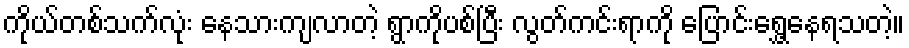
ကိုယ်တစ်သက်လုံး နေသားကျလာတဲ့ ရွာကိုပစ်ပြီး လွတ်ကင်းရာကို ပြောင်းရွှေ့နေရသတဲ့။